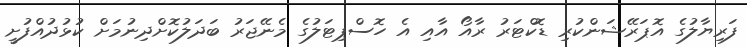
ފަރިޔާލުގެ އޮޕަރޭޝަންކުރި ޑޮކްޓަރު ރާއޯ އާއި އެ ހޮސްޕިޓަލުގެ މެނޭޖަރު ބަދަލުކޮށްދިނުމަށް ކުޅުދުއްފުށީ